Civil Veterinary Department. United Provinces 1912-22 - 1912-1922
Year: 1912
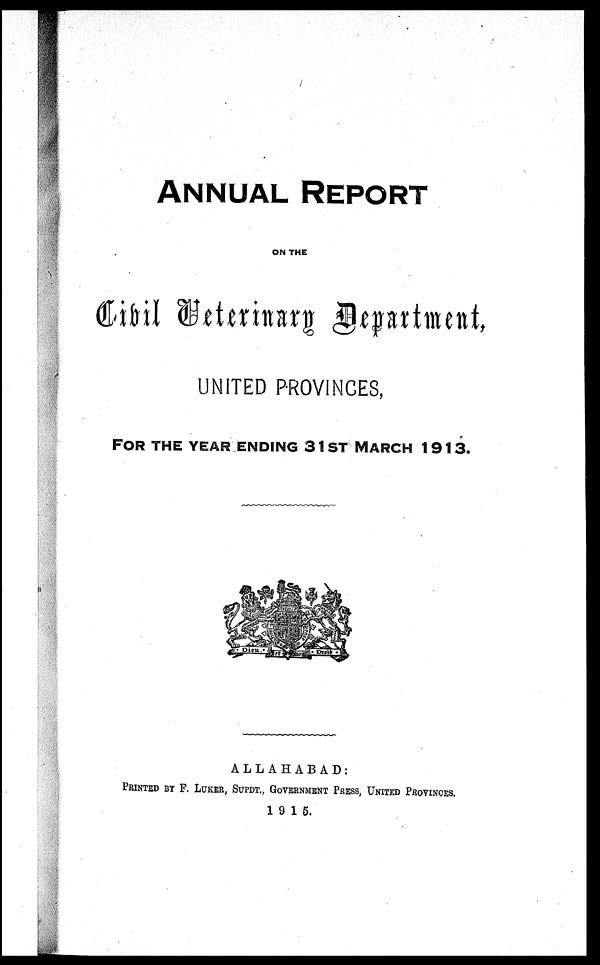
ANNUAL REPORT
ON THE
Civil Veterinary Department,
UNITED PROVINCES,
FOR THE YEAR ENDING 31ST
MARCH
1913.
ALLAHABAD:
PRINTED BY F. LUKER, SUPDT., GOVERNMENT PRESS, UNITED PROVINCES.
1915.